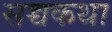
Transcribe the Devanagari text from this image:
सच्चकथा